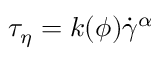
{ { \tau } _ { \eta } } = k ( \phi ) { { \dot { \gamma } } ^ { \alpha } }